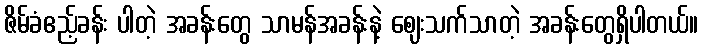
ဇိမ်ခံဧည့်ခန်း ပါတဲ့ အခန်းတွေ သာမန်အခန်းနဲ့ ဈေးသက်သာတဲ့ အခန်းတွေရှိပါတယ်။